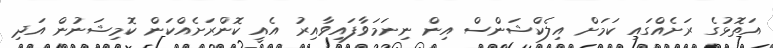
އަތޮޅުގެ ރަށެއްގައި ކަމަށް އިލެކްޝަންސް އިން ނިނަމަވާފައިވާއިރު އެއީ ކޮންރަށެއްކަން ކޮމިޝަނުން އަދި